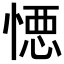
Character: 𭞋